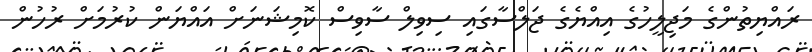
ރައްޔިތުންގެ މަޖިލީހުގެ އިއްޔެގެ ޖަލްސާގައި ސިވިލް ސާވިސް ކޮމިޝަނަށް އައްޔަން ކުރުމަށް ރުހުން